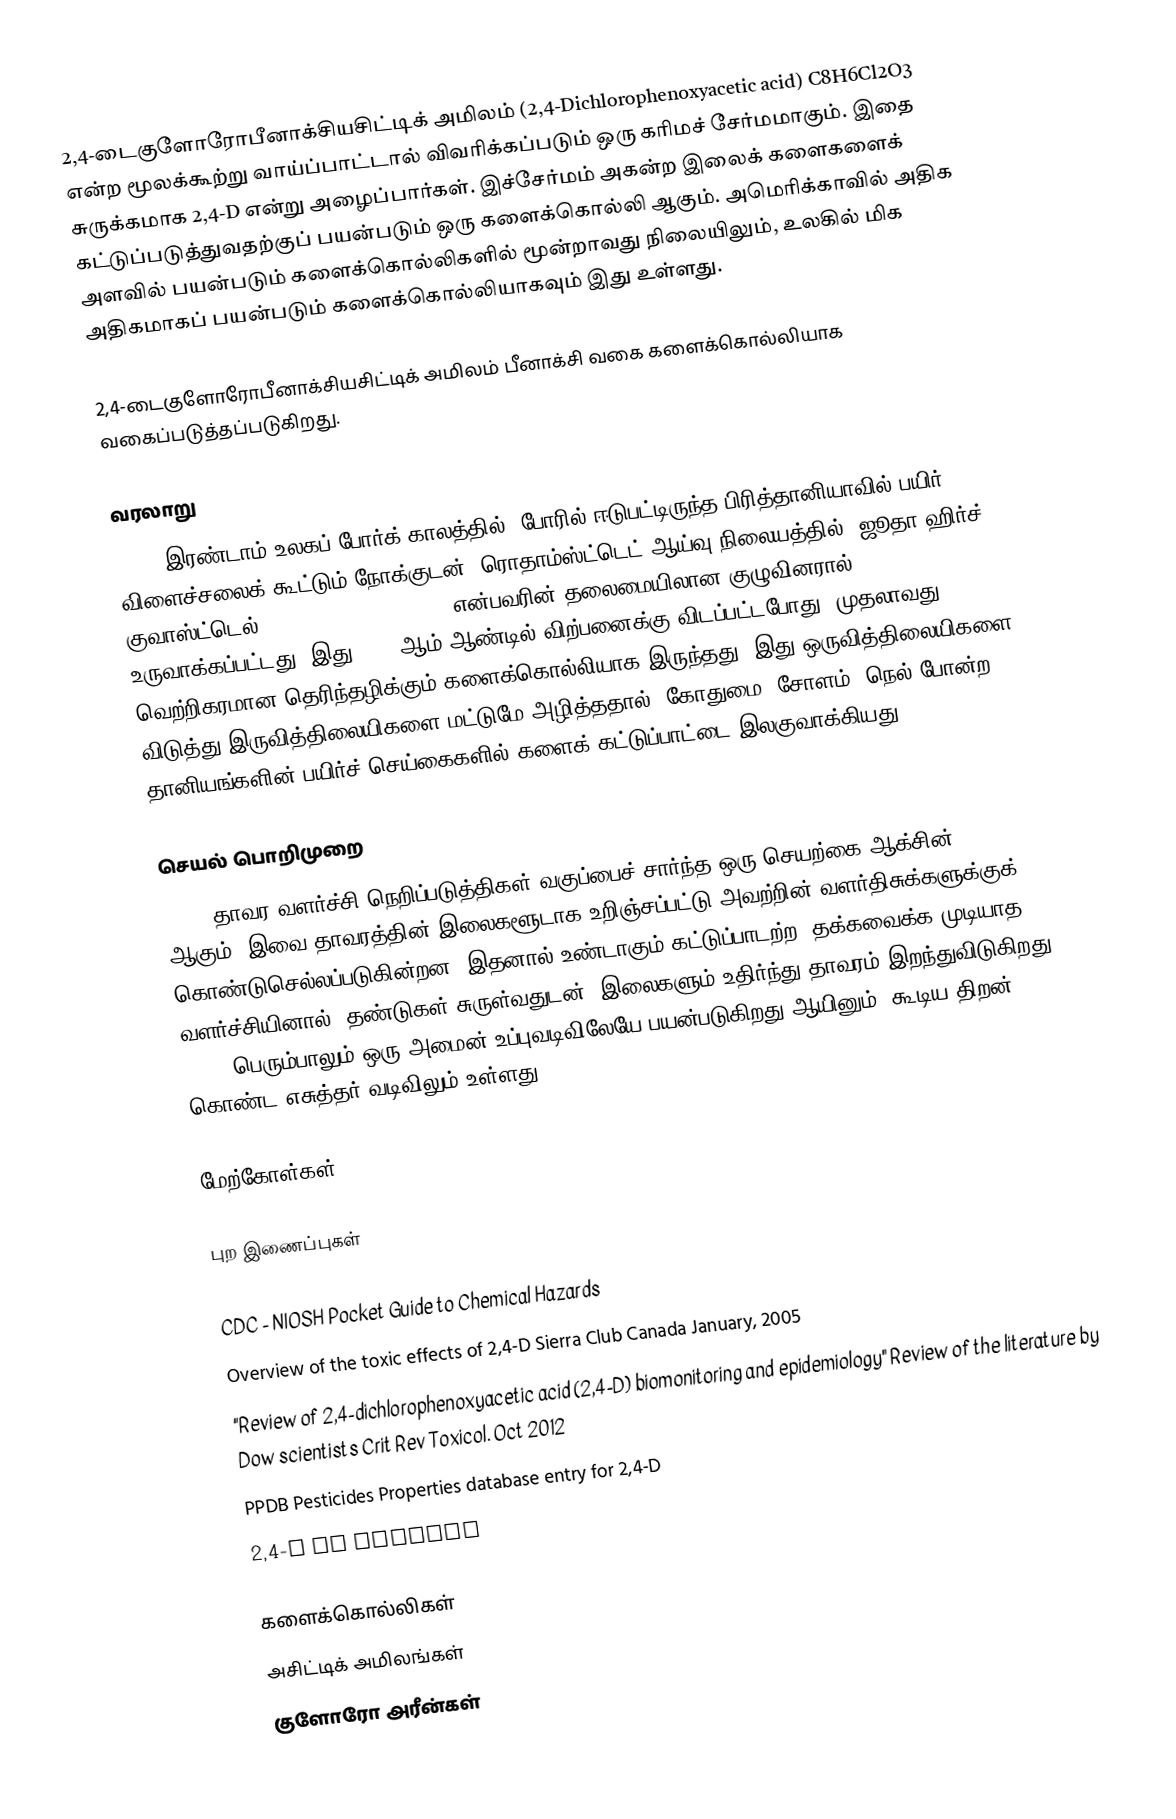
2,4-டைகுளோரோபீனாக்சியசிட்டிக் அமிலம் (2,4-Dichlorophenoxyacetic acid) C8H6Cl2O3 என்ற மூலக்கூற்று வாய்ப்பாட்டால் விவரிக்கப்படும் ஒரு கரிமச் சேர்மமாகும். இதை சுருக்கமாக 2,4-D என்று அழைப்பார்கள். இச்சேர்மம் அகன்ற இலைக் களைகளைக் கட்டுப்படுத்துவதற்குப் பயன்படும் ஒரு களைக்கொல்லி ஆகும். அமெரிக்காவில் அதிக அளவில் பயன்படும் களைக்கொல்லிகளில் மூன்றாவது நிலையிலும், உலகில் மிக அதிகமாகப் பயன்படும் களைக்கொல்லியாகவும் இது உள்ளது.

2,4-டைகுளோரோபீனாக்சியசிட்டிக் அமிலம் பீனாக்சி வகை களைக்கொல்லியாக வகைப்படுத்தப்படுகிறது.

வரலாறு
2,4-D இரண்டாம் உலகப் போர்க் காலத்தில், போரில் ஈடுபட்டிருந்த பிரித்தானியாவில் பயிர் விளைச்சலைக் கூட்டும் நோக்குடன், ரொதாம்ஸ்ட்டெட் ஆய்வு நிலையத்தில், ஜூதா ஹிர்ச் குவாஸ்ட்டெல் (Judah Hirsch Quastel) என்பவரின் தலைமையிலான குழுவினரால் உருவாக்கப்பட்டது. இது 1946 ஆம் ஆண்டில் விற்பனைக்கு விடப்பட்டபோது, முதலாவது வெற்றிகரமான தெரிந்தழிக்கும் களைக்கொல்லியாக இருந்தது. இது ஒருவித்திலையிகளை விடுத்து இருவித்திலையிகளை மட்டுமே அழித்ததால், கோதுமை, சோளம், நெல் போன்ற தானியங்களின் பயிர்ச் செய்கைகளில் களைக் கட்டுப்பாட்டை இலகுவாக்கியது.

செயல் பொறிமுறை
2,4-D தாவர வளர்ச்சி நெறிப்படுத்திகள் வகுப்பைச் சார்ந்த ஒரு செயற்கை ஆக்சின் (auxin) ஆகும். இவை தாவரத்தின் இலைகளூடாக உறிஞ்சப்பட்டு அவற்றின் வளர்திசுக்களுக்குக் கொண்டுசெல்லப்படுகின்றன. இதனால் உண்டாகும் கட்டுப்பாடற்ற, தக்கவைக்க முடியாத வளர்ச்சியினால், தண்டுகள் சுருள்வதுடன், இலைகளும் உதிர்ந்து தாவரம் இறந்துவிடுகிறது. 2,4-D பெரும்பாலும் ஒரு அமைன் உப்புவடிவிலேயே பயன்படுகிறது ஆயினும், கூடிய திறன் கொண்ட எசுத்தர் வடிவிலும் உள்ளது.

மேற்கோள்கள்

புற இணைப்புகள்

 CDC - NIOSH Pocket Guide to Chemical Hazards
 Overview of the toxic effects of 2,4-D Sierra Club Canada January, 2005
 "Review of 2,4-dichlorophenoxyacetic acid (2,4-D) biomonitoring and epidemiology" Review of the literature by Dow scientists Crit Rev Toxicol. Oct 2012
 PPDB Pesticides Properties database entry for 2,4-D
 2,4-D on Pubchem

களைக்கொல்லிகள்
அசிட்டிக் அமிலங்கள்
குளோரோ அரீன்கள்